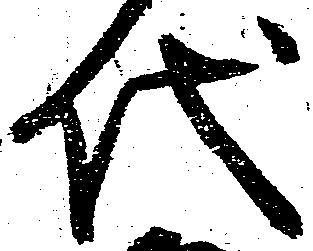
代